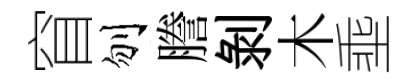
窅刎謄剥木埀